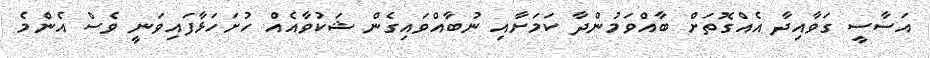
އަސާސީ ގަވާއިދާ އެއްގޮތަށް ބާއްވަމުންދާ ކަމަށާއި ނުބާއްވައިގެން ޝަކުވާއެއް ހުށަހަޅާފައިވަނީ ވެސް އެންމެ